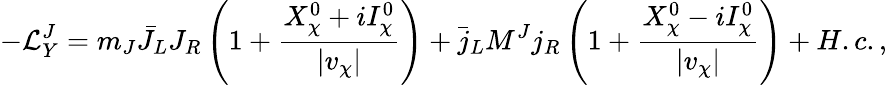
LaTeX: -{\cal L}_{Y}^{J}=m_{J}\bar{J}_{L}J_{R}\left(1+\frac{X_{\chi}^{0}+iI_{\chi}^{0}}{\vert v_{\chi}\vert}\right)+\bar{j}_{L}M^{J}j_{R}\left(1+\frac{X_{\chi}^{0}-iI_{\chi}^{0}}{\vert v_{\chi}\vert}\right)+H.c.,